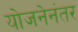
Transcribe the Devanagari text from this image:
योजनेनंतर